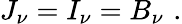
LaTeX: J_{\nu}=I_{\nu}=B_{\nu}\, \, .